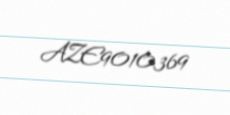
AZE9010369